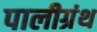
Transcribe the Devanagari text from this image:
पालीग्रंथ